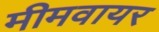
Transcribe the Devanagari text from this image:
मीमवायर